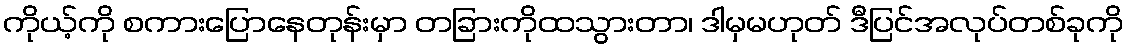
ကိုယ့်ကို စကားပြောနေတုန်းမှာ တခြားကိုထသွားတာ၊ ဒါမှမဟုတ် ဒီပြင်အလုပ်တစ်ခုကို